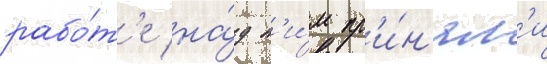
рабо́т'е на́д н'и́м пр'и́н'ял'и